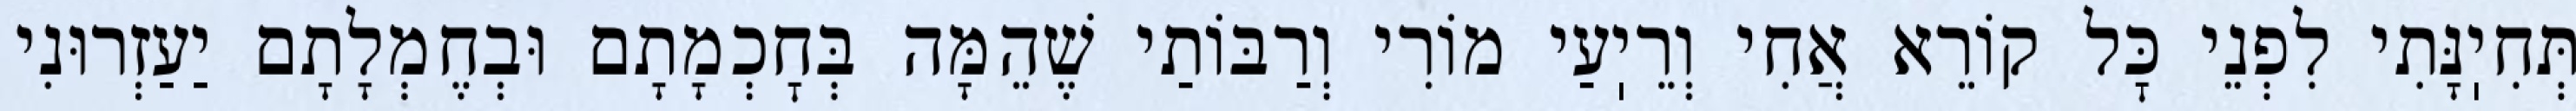
תְּחִיֽנָּתִי לִפְנֵי כׇּל קוֹרֵא אֲחִי וְרֵיֽעַי מוֹרִי וְרַבּוֹתַי שֶׁהֵמָּה בְּחׇכְמָתָם וּבְחֶמְלָתָם יַעַזְרוּנִי